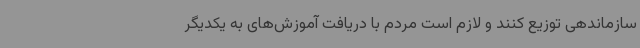
سازماندهی توزیع کنند و لازم است مردم با دریافت آموزش‌های به یکدیگر